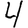
Digit: 4